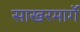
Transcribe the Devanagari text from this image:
साखरमार्गे